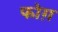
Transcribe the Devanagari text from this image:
फोग़